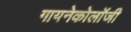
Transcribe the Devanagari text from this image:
गायनेकोलॉजी